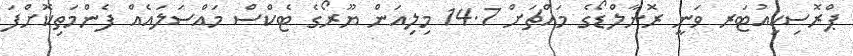
ޕްރޮސިކިއުޓަރ ވަނީ ރޮނާލްޑޯގެ މައްޗަށް 14.7 މިލިއަން ޔޫރޯގެ ޓެކްސް މައްސަލައެއް ފެންމަތިކޮށްފަ